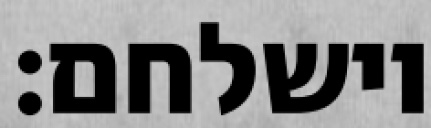
וישלחם: